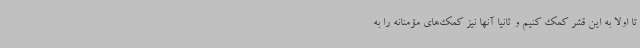
تا اولا به این قشر کمک کنیم و ثانیا آنها نیز کمک‌های مؤمنانه را به